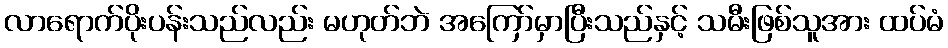
လာရောက်ပိုးပန်းသည်လည်း မဟုတ်ဘဲ အကြော်မှာပြီးသည်နှင့် သမီးဖြစ်သူအား ထပ်မံ